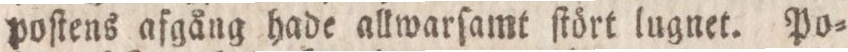
poſtens afgång hade allwarſamt ſtört lugnet. Po=